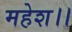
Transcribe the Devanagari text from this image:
महेश।।